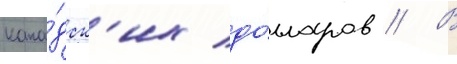
кана́дск'их до́лларов // В